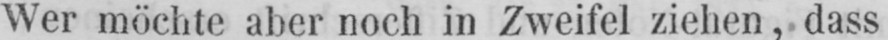
Wer möchte aber noch in Zweifel ziehen, dass